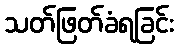
သတ်ဖြတ်ခံရခြင်း